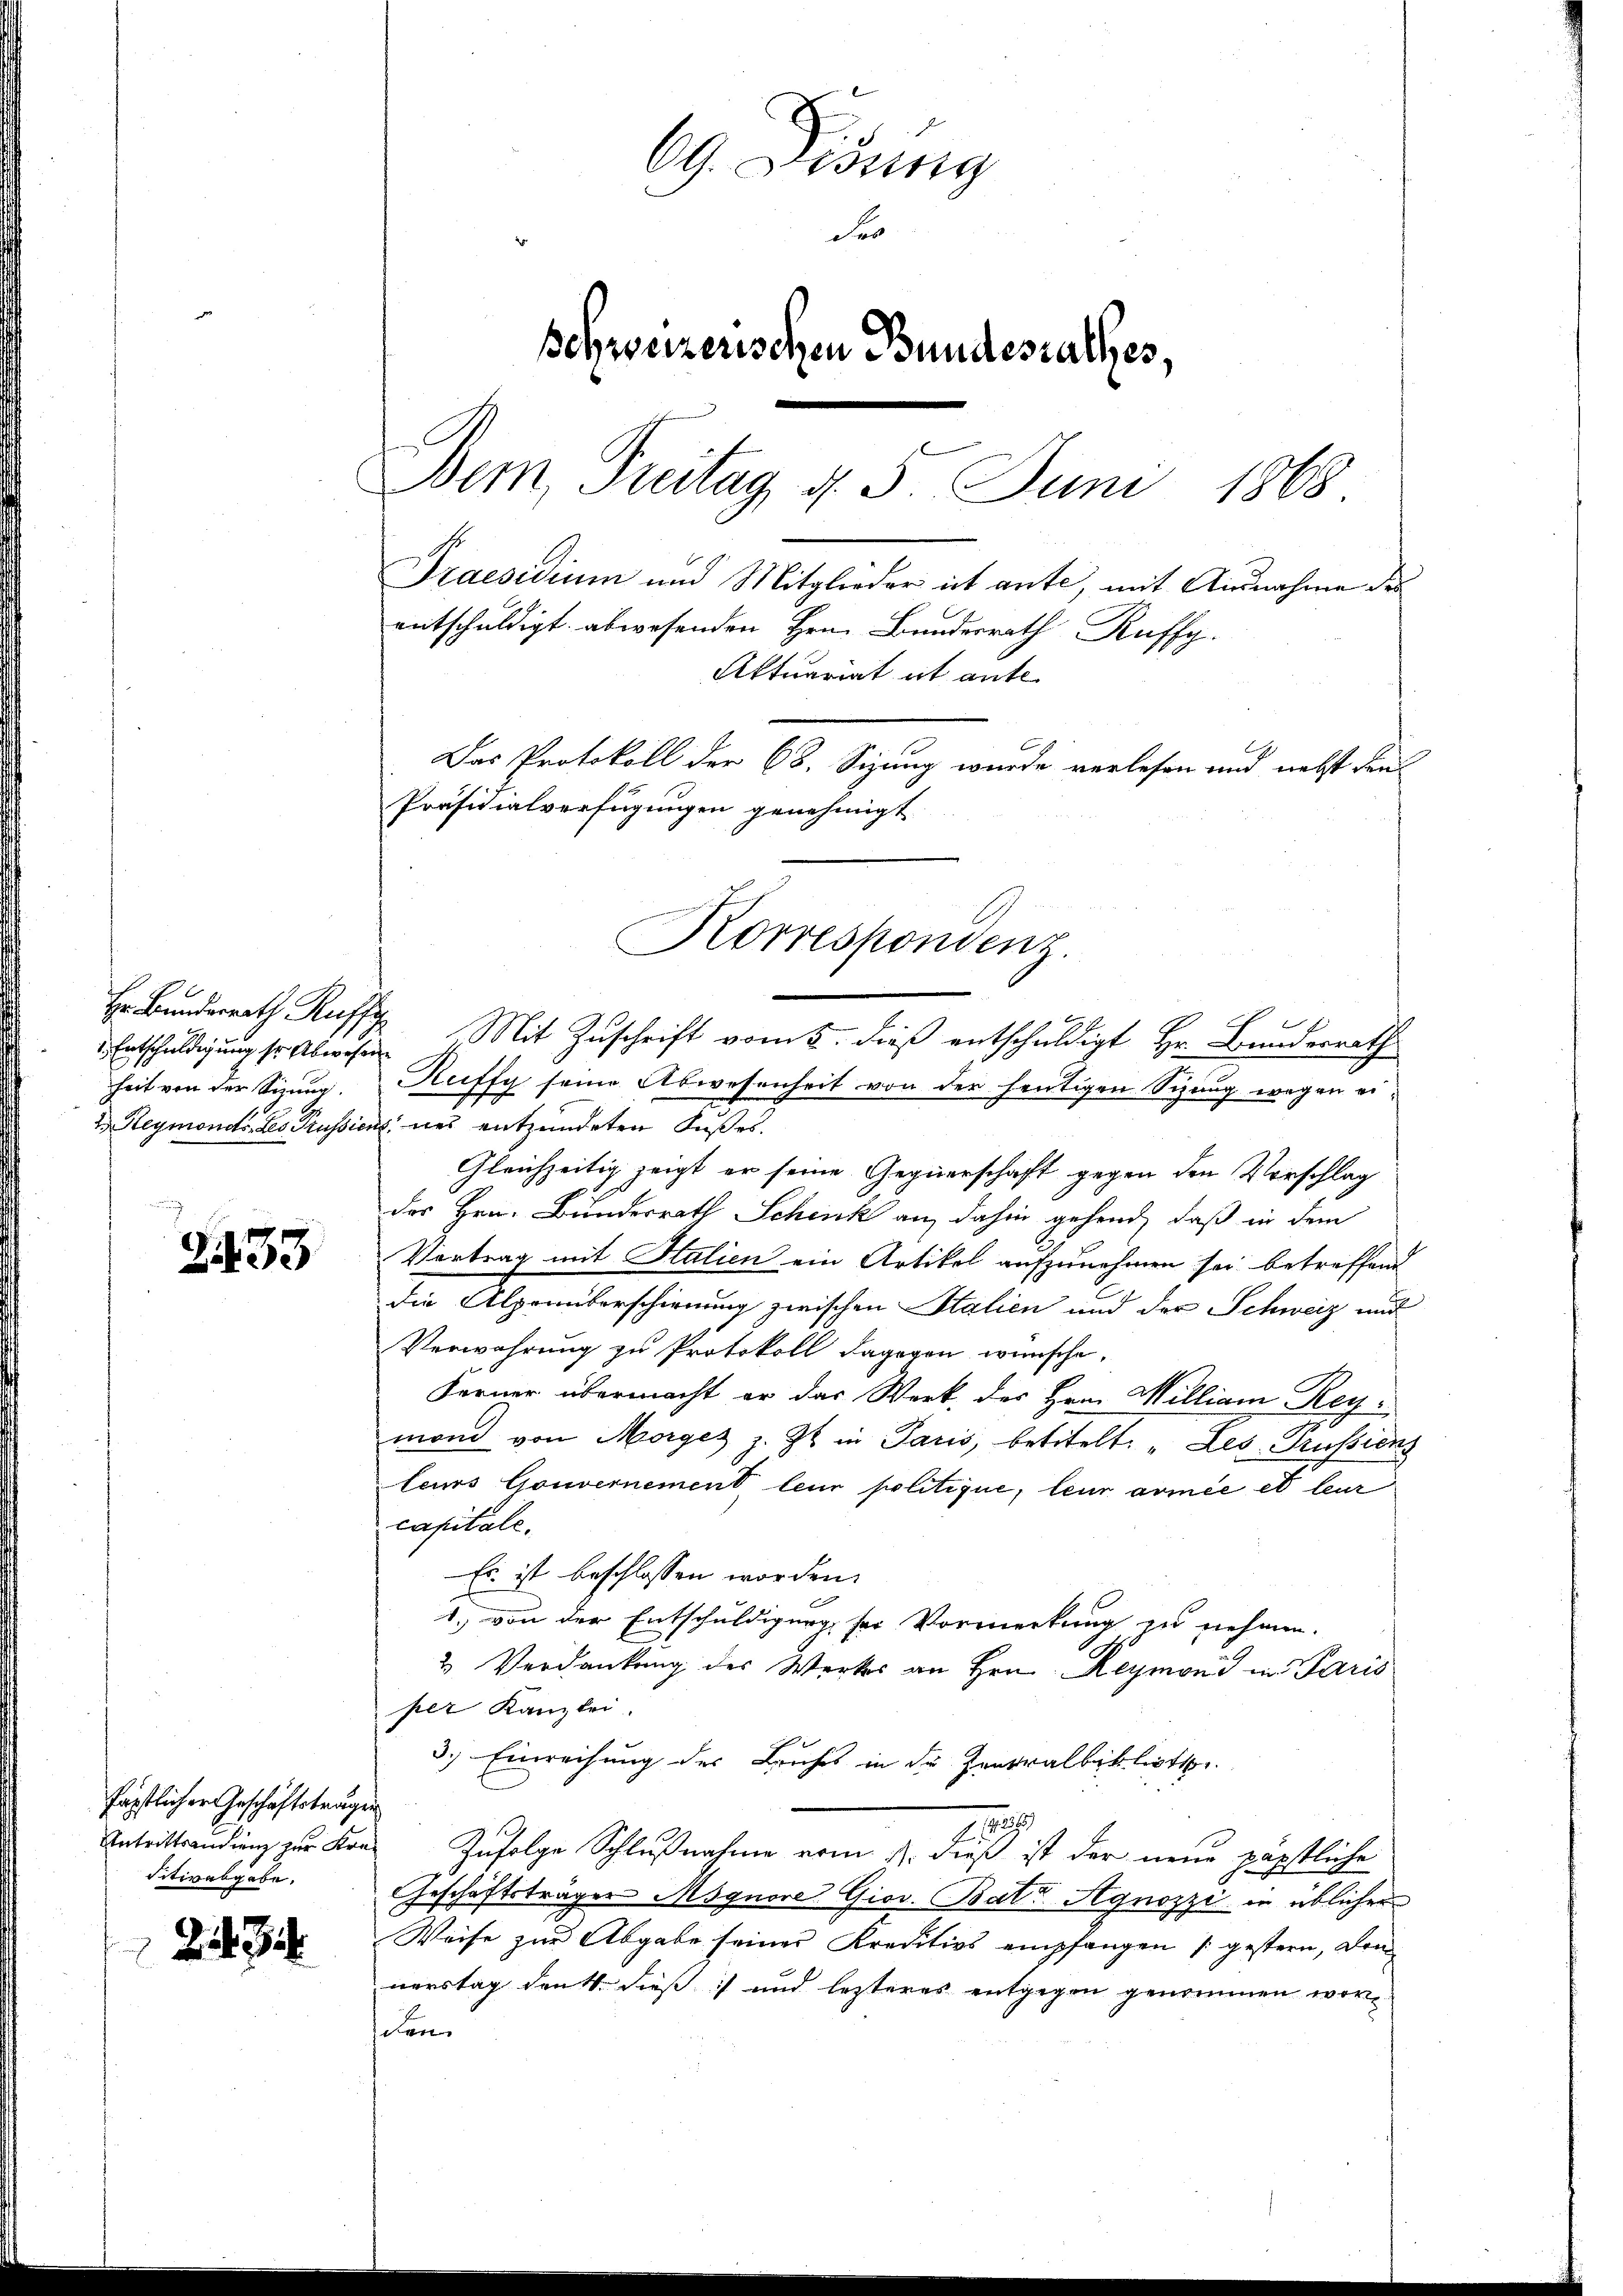
1. Entschuldigung sr Abwesen
heit von der Sizung.
2 Reymonats des Prussion

2433

fäpstlicher Geschäftstragen
Antrittrandung zur Kreditivabgabe.
Z 31

69. Disung
Fr
schweizerischen Bundesrathes,
Bem Preitag d. 5. Juni 1868.
Praesidium und Mitglieder ist ante, mit Ausnahme des
entschuldigt abwesenden Hrn. Bundesrath Ruffg
Aktuariat ist ante
Das Protokoll der 68. Sizung wurde verlesen und nebst die-
Präsidialverfügungen genehmigt

Hr. Bunderrath Russe Mit Zuschrift vom 5. dieß entschuldigt Hr. Bunderrath
Ruffy seine Abwesenheit von der heutigen Sizung wegen eiines entzündeten Fußes.
Gleichzeitig zeigt er seine Gegnerschaft gegen den Vorschlag
des Hrn. Bundesrath Schenk an, dahin gehend, daß in dem
Vertrag mit Italien ein Artikel aufzunehmen sei betreffend
die Alpenüberschienung zwischen Stalien und der Schweiz und
Verwahrung zu Protokoll dagegen wünsche,
Ferner übermacht er das Werk, des Hrn. William Rey-
mond von Morges z. Zt. in Paris, betitelt: „Les Grussions
teurs Gouvernement leur politique, leur armée et leur
capitale.
Es ist beschlossen worden.
1. von der Entschuldigung sei Vormerkung zu nehmen.
2 Verdankung des Werkes an Hrn. Reymond in Paris
per Kanzlei
3.) Einreihung des Bruches in der Zentralbiblioth
a
Zufolge Schlußnahme vom 1. dieß ist der neue päpstliche
Geschäftsträger Msgnore. Giov. Bata Agnozzi in üblicher
Weise zur Abgabe seiner Kreditivs empfangen (gestern, den
nerstag den 4. dieß) und lezteres entgegen genommen worden

Korrespondenz.